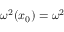
\omega ^ { 2 } ( x _ { 0 } ) = \omega ^ { 2 }